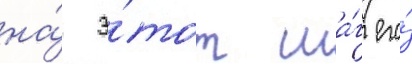
на́ э́тот ша́г его́